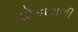
ધોકાવાળી